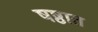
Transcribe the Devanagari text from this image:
षष्ठात